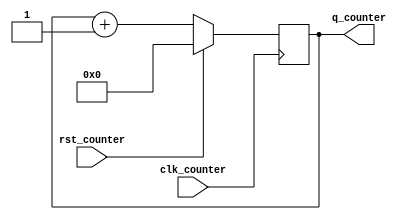

module param_up_counter #(parameter SIZE=32)(clk_counter, q_counter, rst_counter);

    input clk_counter;
    input rst_counter;
    output reg [SIZE-1:0] q_counter;

    always @ (posedge clk_counter)
    begin
      if(rst_counter)
		    q_counter <= 'b0;
	    else
		    q_counter <= q_counter + 1;
    end

endmodule